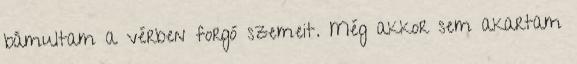
bámultam a vérben forgó szemeit. Még akkor sem akartam